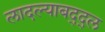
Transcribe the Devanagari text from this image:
लादल्याबद्द्ल